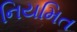
નિયમિત